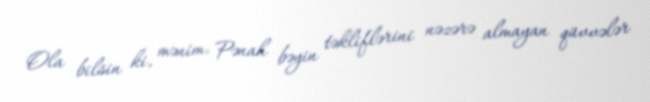
Ola bilsin ki, mənim, Pənah bəyin təkliflərini nəzərə almayan qüvvələr